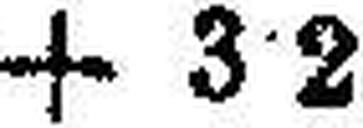
+ 3·2